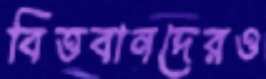
বিত্তবানদেরও